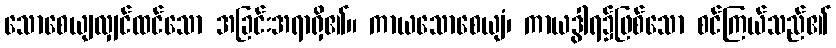
သောစေယျလျှင်ထင်သော အခြင်းအရာရှိ၏။ ကာယသောစေယျံ၊ ကာယဒွါရ၌ဖြစ်သော စင်ကြယ်သည်၏